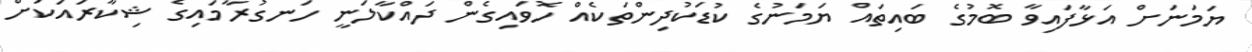
ޔަމަނަށް އަޅާފައިވާ ބޮމުގެ ބައިތައް ޔަމަނުގެ ކުޑަކުދިންތަކެއް ހޮވައިގެން ދައްކާލަނީ ހަނގުރާމައިގެ ޝިކާރައަކަށް